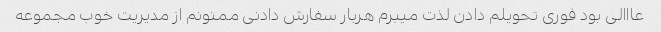
عااالی بود فوری تحویلم دادن لذت میبرم هربار سفارش دادنی ممنونم از مدیریت خوب مجموعه